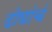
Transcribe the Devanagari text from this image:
दोघांचं